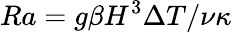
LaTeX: Ra=g\beta H^{3}\Delta T/\nu\kappa